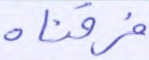
فرقناه